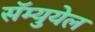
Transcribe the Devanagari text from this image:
सॅम्युयेल